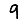
Digit: 9